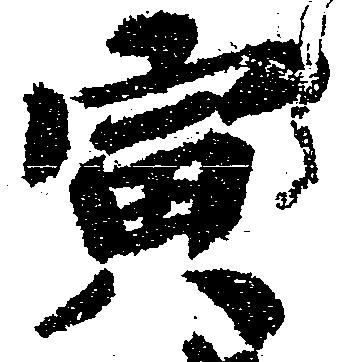
寅